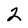
Character: 2